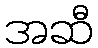
အဆီ